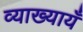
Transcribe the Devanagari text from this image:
व्याख्यायँ